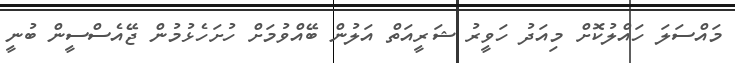
މައްސަލަ ހައްލުކޮށް މިއަދު ހަވީރު ޝަރީއަތް އަލުން ބޭއްވުމަށް ހުށަހެޅުމުން ޖޭއެސްސީން ބުނީ